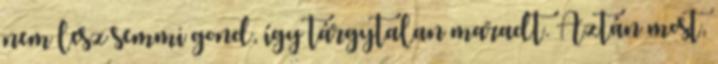
nem lesz semmi gond, így tárgytalan maradt. Aztán most,